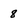
Character: 8